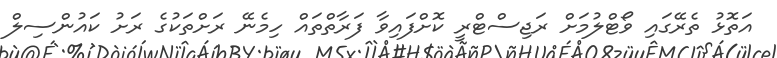
އަތޮޅު ތެރޭގައި ވޯޓްލުމަށް ރަޖިސްޓްރީ ކޮށްފައިވާ ފަރާތްތައް ހިމެނޭ ރަށްތަކުގެ ރަށު ކައުންސިލް